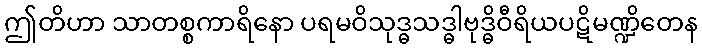
ဤတိဟာ သာတစ္စကာရိနော ပရမဝိသုဒ္ဓသဒ္ဓါဗုဒ္ဓိဝီရိယပဋိမဏ္ဍိတေန